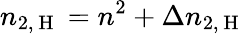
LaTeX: n_{2,\mathrm{~H~}}=n^{2}+\Delta n_{2,\mathrm{~H~}}